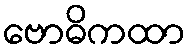
ဗောဓိကထာ